Vaccination returns of the Province of Eastern Bengal and Assam - 1905-1912
Year: 1905
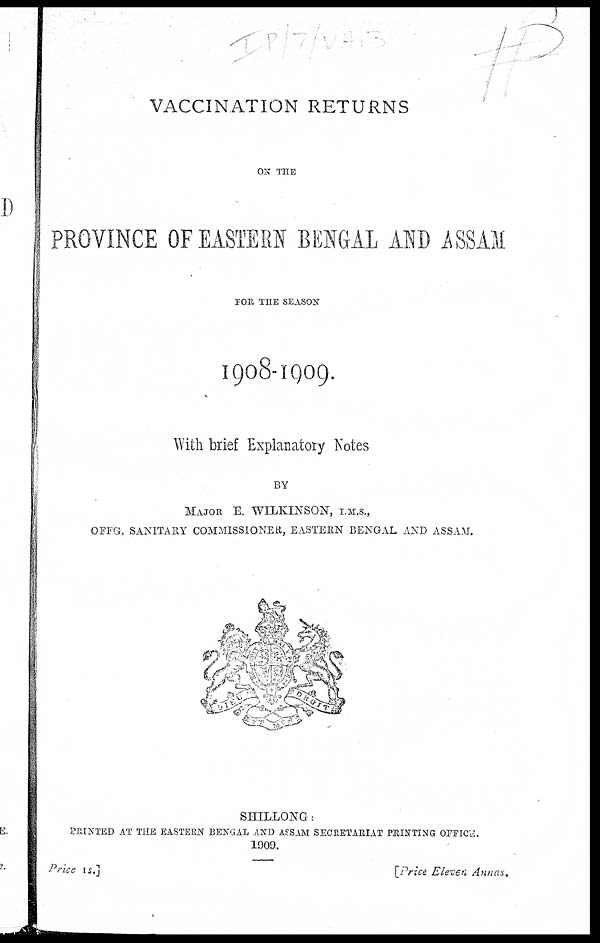
VACCINATION RETURNS
ON THE
PROVINCE OF EASTERN BENGAL AND ASSAM
FOR THE SEASON
1908-1909.
With brief Explanatory Notes
BY
MAJOR. E. WILKINSON, I.M.S.,
OFFG. SANITARY COMMISSIONER, EASTERN BENGAL AND ASSAM.
SHILLONG:
PRINTED AT THE EASTERN BENGAL AND ASSAM SECRETARIAT PRINTING OFFICE.
1909.
Price 1s.]
[Price Eleven Annas.